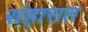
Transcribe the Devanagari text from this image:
संहारात